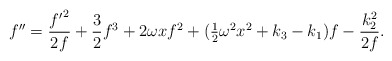
\begin{align*}f^{\prime\prime}={{f^\prime}^2\over 2f}+{3\over2}f^3+2\omega x f^2+(\mbox{$\frac{1}{2}$}\omega^2 x^2+k_3-k_1)f - {k_2^2\over 2f}.\end{align*}